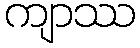
ကျာဿ